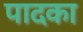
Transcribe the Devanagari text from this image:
पादका